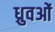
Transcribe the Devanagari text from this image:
ध्रुवओं